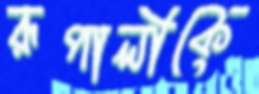
রূপালীকে